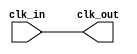
module clock_in
(
	input clk_in,
	output clk_out
);
`ifdef Xilinx
BUFGP BUFGP_INST
   (.O (clk_out),
    .I (clk_in));
`else
assign clk_out = clk_in;
`endif
endmodule